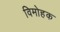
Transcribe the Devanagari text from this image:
विमोहक